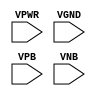
module sky130_fd_sc_lp__fill (
    VPWR,
    VGND,
    VPB ,
    VNB
);

    input VPWR;
    input VGND;
    input VPB ;
    input VNB ;
endmodule